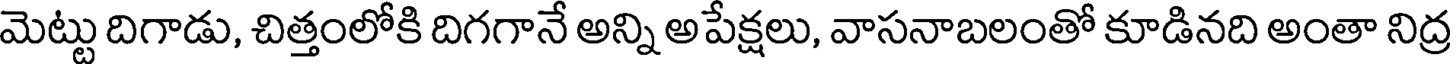
మెట్టు దిగాడు, చిత్తంలోకి దిగగానే అన్ని అపేక్షలు, వాసనాబలంతో కూడినది అంతా నిద్ర